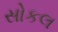
સોકલ